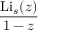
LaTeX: \frac { \operatorname { L i } _ { s } ( z ) } { 1 - z }